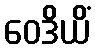
ဝေဒိယိံ